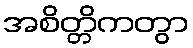
အစိတ္တိကတွာ